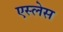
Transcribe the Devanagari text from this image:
एस्लेस